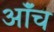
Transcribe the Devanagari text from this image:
ऑंच